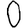
Digit: 0